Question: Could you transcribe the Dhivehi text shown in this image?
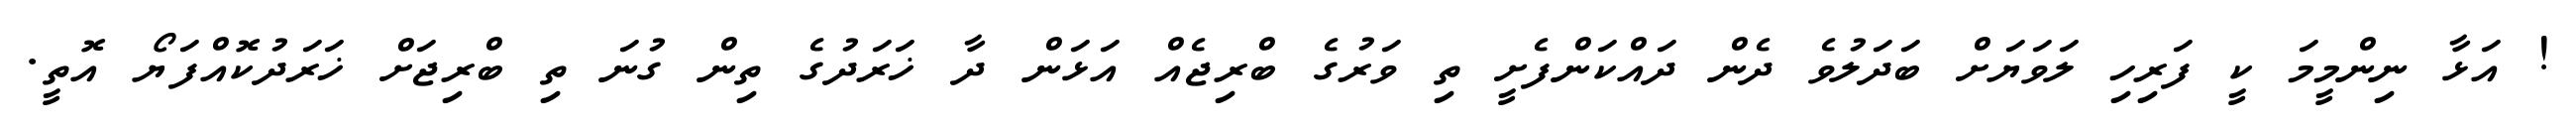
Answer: ! އަޅާ ނިންމީމަ ކީ ފަރިހި ލަވަޔަށް ބަދަލުވެ ދެން ދައްކަންފެށީ ތި ވަރުގެ ބްރިޖެއް އަޅަން ދާ ޚަރަދުގެ ތިން ގުނަ ތި ބްރިޖަށް ޚަރަދުކޮއްފަޔޯ އޮތީ.